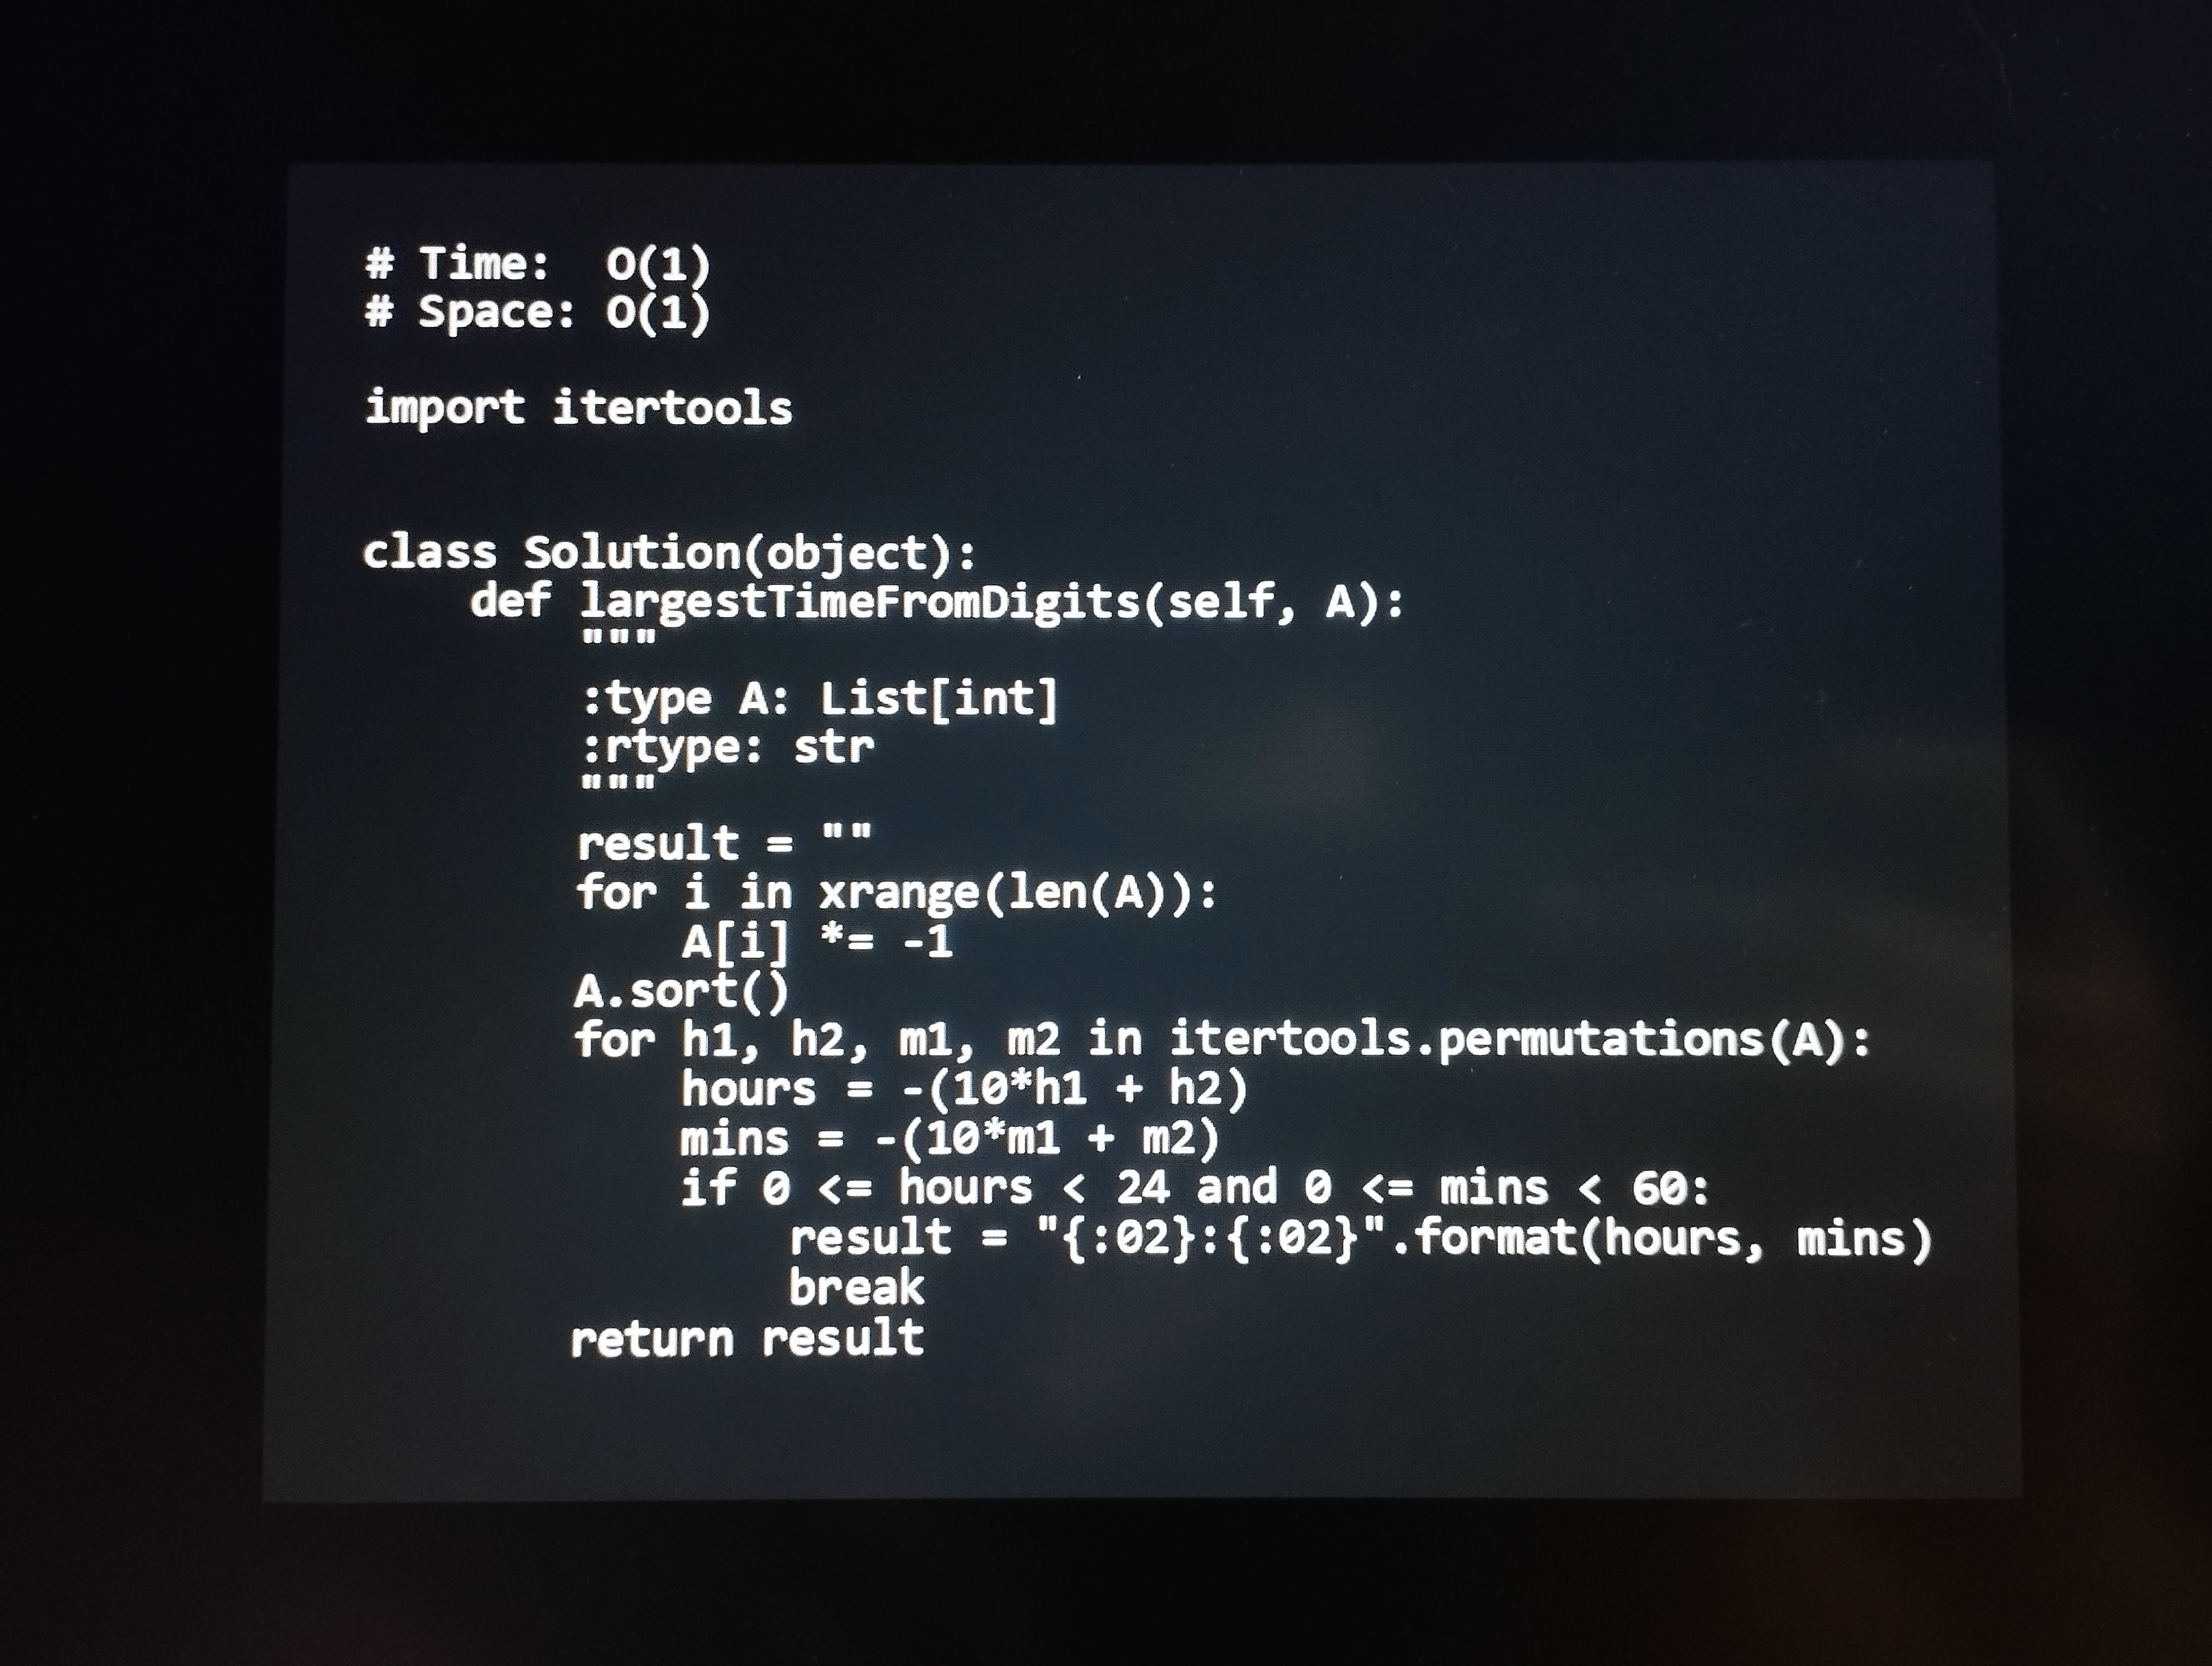
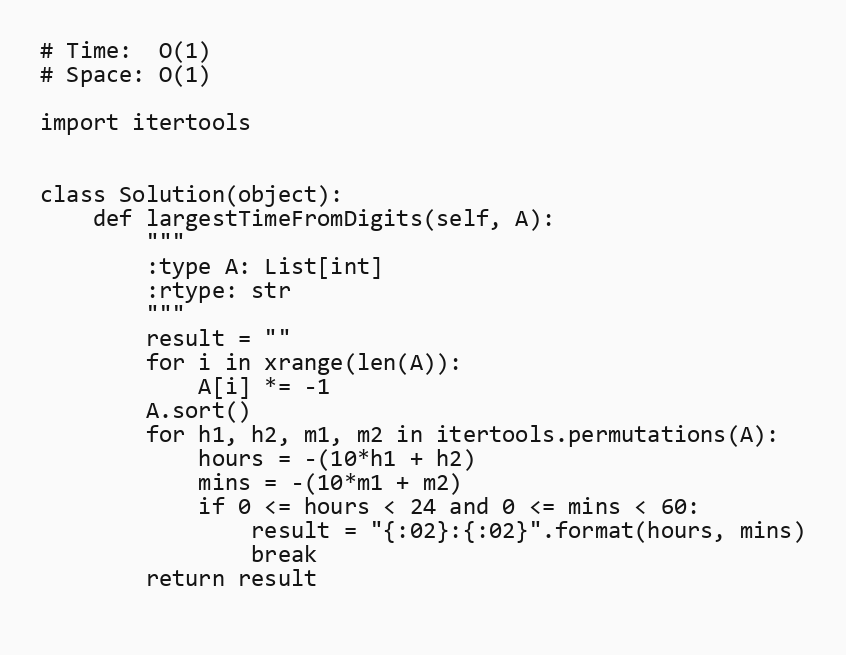
# Time:  O(1)
# Space: O(1)

import itertools

class Solution(object):
    def largestTimeFromDigits(self, A):
        """
        :type A: List[int]
        :rtype: str
        """
        result = ""
        for i in xrange(len(A)):
            A[i] *= -1
        A.sort()
        for h1, h2, m1, m2 in itertools.permutations(A):
            hours = -(10*h1 + h2)
            mins = -(10*m1 + m2)
            if 0 <= hours < 24 and 0 <= mins < 60:
                result = "{:02}:{:02}".format(hours, mins)
                break
        return result